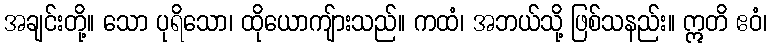
အချင်းတို့။ သော ပုရိသော၊ ထိုယောကျ်ားသည်။ ကထံ၊ အဘယ်သို့ ဖြစ်သနည်း။ ဣတိ ဧဝံ၊